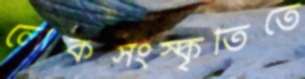
লোকসংস্কৃতিতে